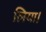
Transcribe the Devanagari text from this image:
लिया।